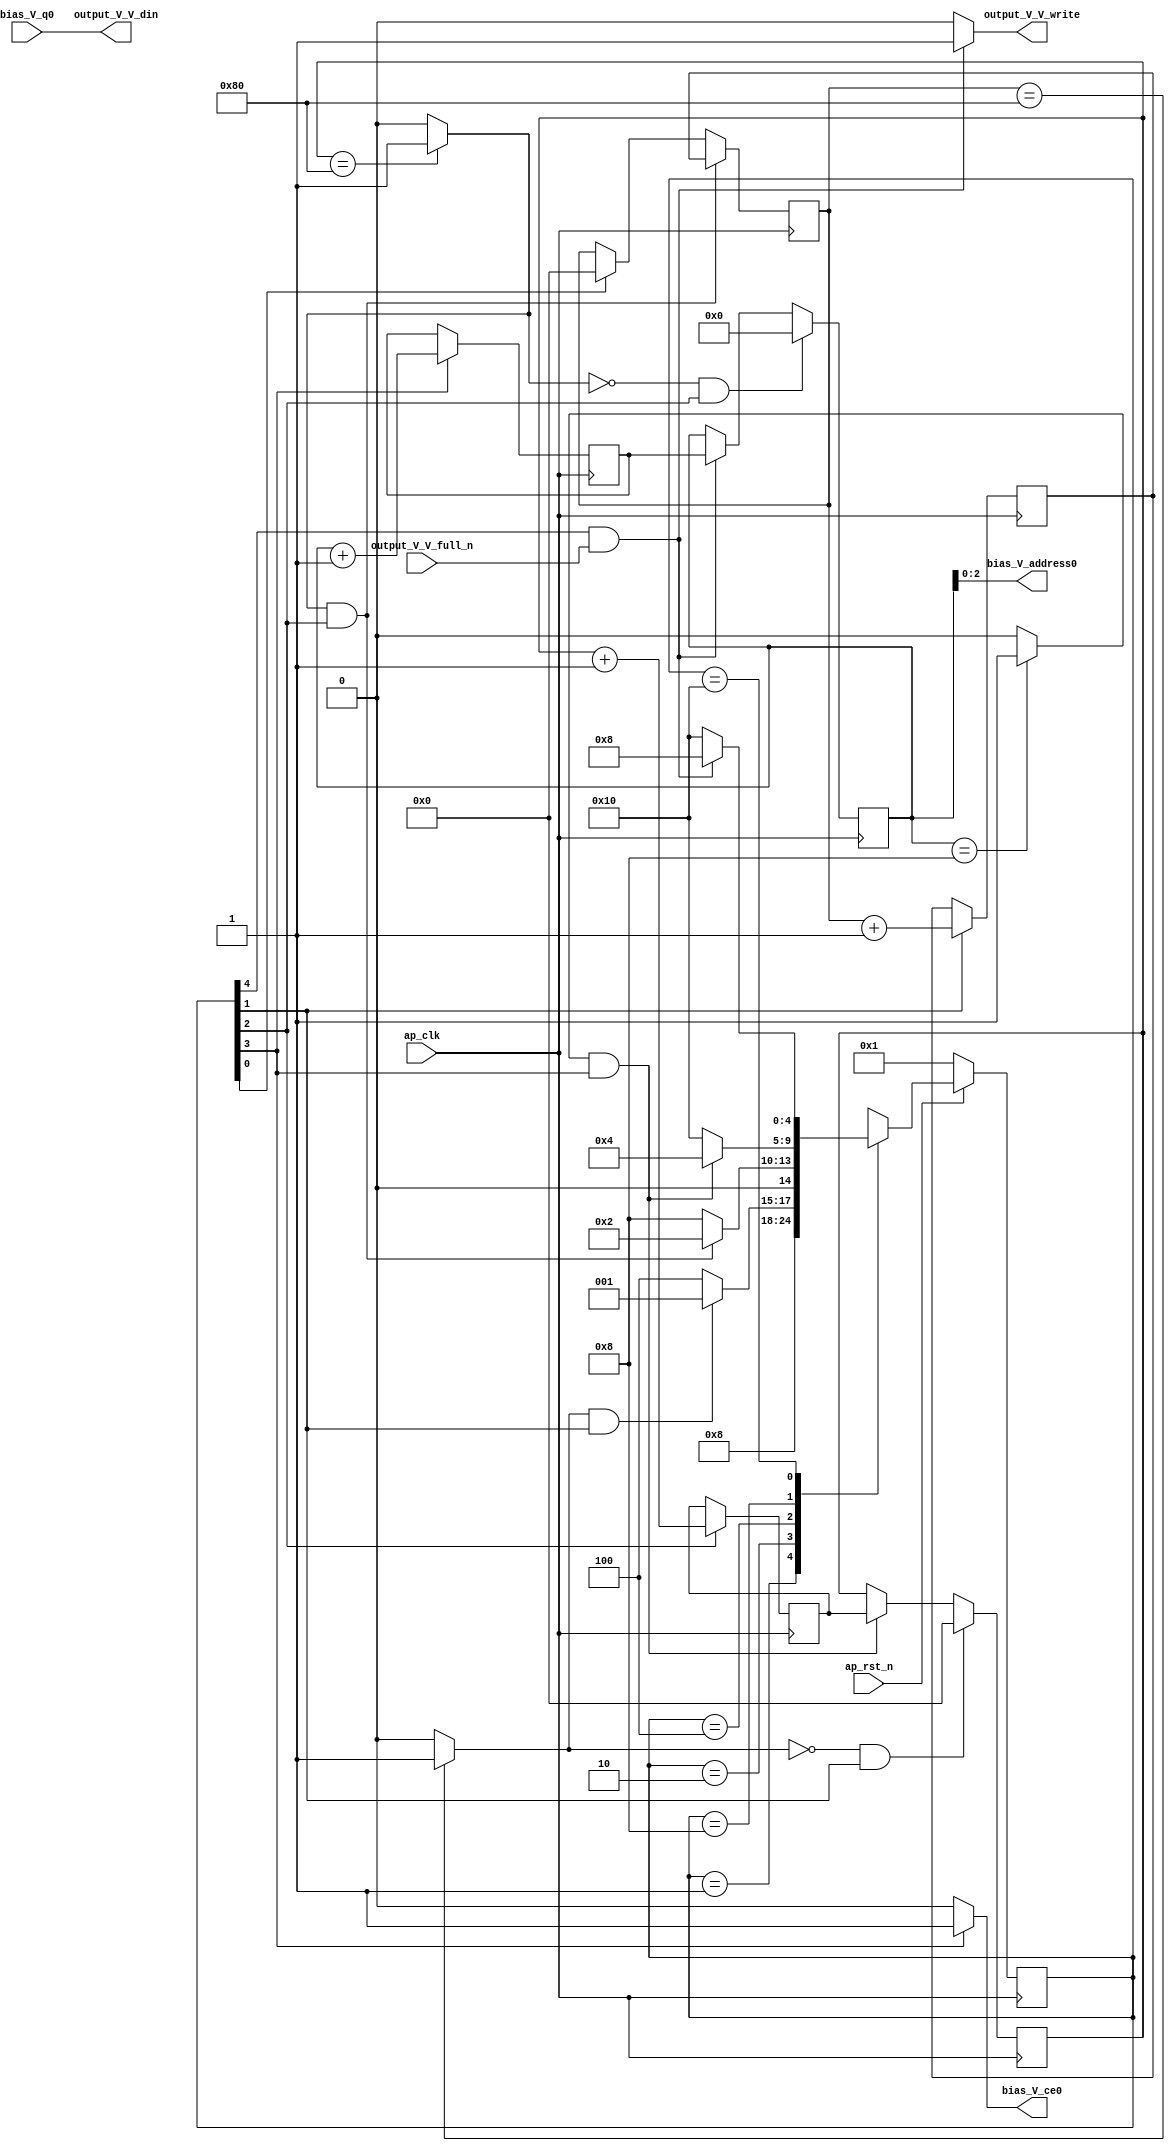
// ==============================================================
// RTL generated by Vivado(TM) HLS - High-Level Synthesis from C, C++ and SystemC
// Version: 2017.4
// Copyright (C) 1986-2017 Xilinx, Inc. All Rights Reserved.
// 
// ===========================================================

`timescale 1 ns / 1 ps 

(* CORE_GENERATION_INFO="bias_s_4,hls_ip_2017_4,{HLS_INPUT_TYPE=cxx,HLS_INPUT_FLOAT=0,HLS_INPUT_FIXED=1,HLS_INPUT_PART=xc7z020clg484-1,HLS_INPUT_CLOCK=10.000000,HLS_INPUT_ARCH=others,HLS_SYN_CLOCK=5.956000,HLS_SYN_LAT=295169,HLS_SYN_TPT=none,HLS_SYN_MEM=0,HLS_SYN_DSP=0,HLS_SYN_FF=45,HLS_SYN_LUT=149}" *)

module bias_s_4 (
        ap_clk,
        ap_rst_n,
        output_V_V_din,
        output_V_V_full_n,
        output_V_V_write,
        bias_V_address0,
        bias_V_ce0,
        bias_V_q0
);

parameter    ap_ST_fsm_state1 = 5'd1;
parameter    ap_ST_fsm_state2 = 5'd2;
parameter    ap_ST_fsm_state3 = 5'd4;
parameter    ap_ST_fsm_state4 = 5'd8;
parameter    ap_ST_fsm_state5 = 5'd16;

input   ap_clk;
input   ap_rst_n;
output  [7:0] output_V_V_din;
input   output_V_V_full_n;
output   output_V_V_write;
output  [2:0] bias_V_address0;
output   bias_V_ce0;
input  [7:0] bias_V_q0;

reg output_V_V_write;
reg bias_V_ce0;

reg    ap_rst_n_inv;
reg    output_V_V_blk_n;
(* fsm_encoding = "none" *) reg   [4:0] ap_CS_fsm;
wire    ap_CS_fsm_state5;
wire   [7:0] hout_1_fu_107_p2;
reg   [7:0] hout_1_reg_145;
wire    ap_CS_fsm_state2;
wire   [7:0] wout_1_fu_119_p2;
reg   [7:0] wout_1_reg_153;
wire    ap_CS_fsm_state3;
wire   [3:0] init_idx_1_fu_131_p2;
reg   [3:0] init_idx_1_reg_161;
wire    ap_CS_fsm_state4;
wire   [0:0] exitcond_fu_125_p2;
reg   [7:0] hout_reg_68;
wire    ap_CS_fsm_state1;
wire   [0:0] exitcond2_fu_113_p2;
reg   [7:0] wout_reg_79;
wire   [0:0] exitcond3_fu_101_p2;
reg   [3:0] init_idx_reg_90;
wire   [63:0] tmp_fu_137_p1;
reg   [4:0] ap_NS_fsm;

// power-on initialization
initial begin
#0 ap_CS_fsm = 5'd1;
end

always @ (posedge ap_clk) begin
    if (ap_rst_n_inv == 1'b1) begin
        ap_CS_fsm <= ap_ST_fsm_state1;
    end else begin
        ap_CS_fsm <= ap_NS_fsm;
    end
end

always @ (posedge ap_clk) begin
    if (((exitcond2_fu_113_p2 == 1'd1) & (1'b1 == ap_CS_fsm_state3))) begin
        hout_reg_68 <= hout_1_reg_145;
    end else if ((1'b1 == ap_CS_fsm_state1)) begin
        hout_reg_68 <= 8'd0;
    end
end

always @ (posedge ap_clk) begin
    if (((exitcond2_fu_113_p2 == 1'd0) & (1'b1 == ap_CS_fsm_state3))) begin
        init_idx_reg_90 <= 4'd0;
    end else if (((1'b1 == ap_CS_fsm_state5) & (output_V_V_full_n == 1'b1))) begin
        init_idx_reg_90 <= init_idx_1_reg_161;
    end
end

always @ (posedge ap_clk) begin
    if (((exitcond3_fu_101_p2 == 1'd0) & (1'b1 == ap_CS_fsm_state2))) begin
        wout_reg_79 <= 8'd0;
    end else if (((exitcond_fu_125_p2 == 1'd1) & (1'b1 == ap_CS_fsm_state4))) begin
        wout_reg_79 <= wout_1_reg_153;
    end
end

always @ (posedge ap_clk) begin
    if ((1'b1 == ap_CS_fsm_state2)) begin
        hout_1_reg_145 <= hout_1_fu_107_p2;
    end
end

always @ (posedge ap_clk) begin
    if ((1'b1 == ap_CS_fsm_state4)) begin
        init_idx_1_reg_161 <= init_idx_1_fu_131_p2;
    end
end

always @ (posedge ap_clk) begin
    if ((1'b1 == ap_CS_fsm_state3)) begin
        wout_1_reg_153 <= wout_1_fu_119_p2;
    end
end

always @ (*) begin
    if ((1'b1 == ap_CS_fsm_state4)) begin
        bias_V_ce0 = 1'b1;
    end else begin
        bias_V_ce0 = 1'b0;
    end
end

always @ (*) begin
    if ((1'b1 == ap_CS_fsm_state5)) begin
        output_V_V_blk_n = output_V_V_full_n;
    end else begin
        output_V_V_blk_n = 1'b1;
    end
end

always @ (*) begin
    if (((1'b1 == ap_CS_fsm_state5) & (output_V_V_full_n == 1'b1))) begin
        output_V_V_write = 1'b1;
    end else begin
        output_V_V_write = 1'b0;
    end
end

always @ (*) begin
    case (ap_CS_fsm)
        ap_ST_fsm_state1 : begin
            ap_NS_fsm = ap_ST_fsm_state2;
        end
        ap_ST_fsm_state2 : begin
            if (((exitcond3_fu_101_p2 == 1'd1) & (1'b1 == ap_CS_fsm_state2))) begin
                ap_NS_fsm = ap_ST_fsm_state1;
            end else begin
                ap_NS_fsm = ap_ST_fsm_state3;
            end
        end
        ap_ST_fsm_state3 : begin
            if (((exitcond2_fu_113_p2 == 1'd1) & (1'b1 == ap_CS_fsm_state3))) begin
                ap_NS_fsm = ap_ST_fsm_state2;
            end else begin
                ap_NS_fsm = ap_ST_fsm_state4;
            end
        end
        ap_ST_fsm_state4 : begin
            if (((exitcond_fu_125_p2 == 1'd1) & (1'b1 == ap_CS_fsm_state4))) begin
                ap_NS_fsm = ap_ST_fsm_state3;
            end else begin
                ap_NS_fsm = ap_ST_fsm_state5;
            end
        end
        ap_ST_fsm_state5 : begin
            if (((1'b1 == ap_CS_fsm_state5) & (output_V_V_full_n == 1'b1))) begin
                ap_NS_fsm = ap_ST_fsm_state4;
            end else begin
                ap_NS_fsm = ap_ST_fsm_state5;
            end
        end
        default : begin
            ap_NS_fsm = 'bx;
        end
    endcase
end

assign ap_CS_fsm_state1 = ap_CS_fsm[32'd0];

assign ap_CS_fsm_state2 = ap_CS_fsm[32'd1];

assign ap_CS_fsm_state3 = ap_CS_fsm[32'd2];

assign ap_CS_fsm_state4 = ap_CS_fsm[32'd3];

assign ap_CS_fsm_state5 = ap_CS_fsm[32'd4];

always @ (*) begin
    ap_rst_n_inv = ~ap_rst_n;
end

assign bias_V_address0 = tmp_fu_137_p1;

assign exitcond2_fu_113_p2 = ((wout_reg_79 == 8'd128) ? 1'b1 : 1'b0);

assign exitcond3_fu_101_p2 = ((hout_reg_68 == 8'd128) ? 1'b1 : 1'b0);

assign exitcond_fu_125_p2 = ((init_idx_reg_90 == 4'd8) ? 1'b1 : 1'b0);

assign hout_1_fu_107_p2 = (hout_reg_68 + 8'd1);

assign init_idx_1_fu_131_p2 = (init_idx_reg_90 + 4'd1);

assign output_V_V_din = bias_V_q0;

assign tmp_fu_137_p1 = init_idx_reg_90;

assign wout_1_fu_119_p2 = (wout_reg_79 + 8'd1);

endmodule //bias_s_4